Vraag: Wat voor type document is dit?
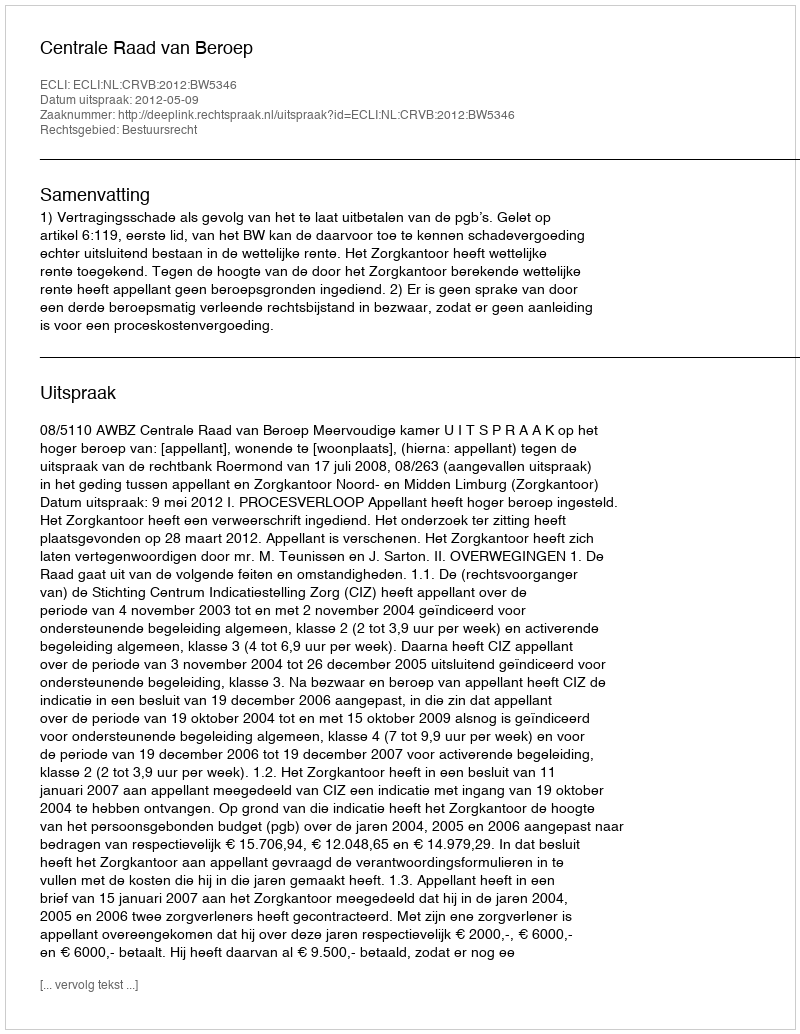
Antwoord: Uitspraak